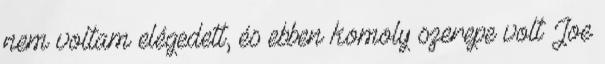
nem voltam elégedett, és ebben komoly szerepe volt Joe